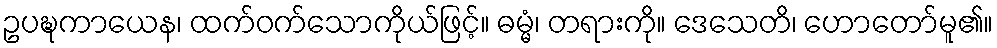
ဥပဍ္ဎကာယေန၊ ထက်ဝက်သောကိုယ်ဖြင့်။ ဓမ္မံ၊ တရားကို။ ဒေသေတိ၊ ဟောတော်မူ၏။